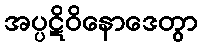
အပ္ပဋိဝိနောဒေတွာ